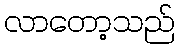
လာတော့သည်